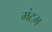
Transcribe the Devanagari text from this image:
मंटम